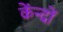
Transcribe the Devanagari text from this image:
केंन्दों